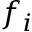
f _ { i }